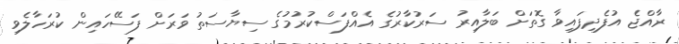
ރާއްޖެ އުފެދިފައިވާ ގޮތަށް ބަލާއިރު ސަރުކާރުގެ އެއްފަސްކުރުމުގެ ސިޔާސަތު ވަރަށް ފަސޭހައިން ކުރަހާލެވި